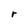
Character: r